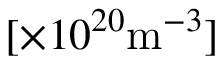
[ \times 1 0 ^ { 2 0 } \mathrm { m } ^ { - 3 } ]